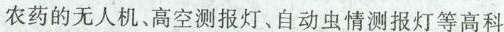
农药的无人机、高空测报灯、自动虫情测报灯等高科